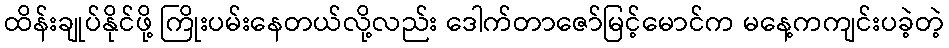
ထိန်းချုပ်နိုင်ဖို့ ကြိုးပမ်းနေတယ်လို့လည်း ဒေါက်တာဇော်မြင့်မောင်က မနေ့ကကျင်းပခဲ့တဲ့